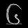
Digit: ၆